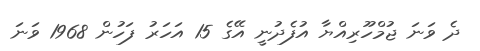
ދެ ވަނަ ޖުމްހޫރިއްޔާ އުފެދުނީ އޭގެ 15 އަަހަރު ފަހުން 1968 ވަނަ